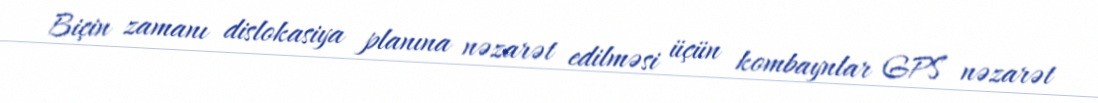
Biçin zamanı dislokasiya planına nəzarət edilməsi üçün kombaynlar GPS nəzarət